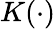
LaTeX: K(\cdot)